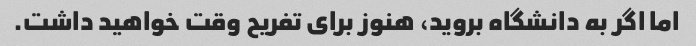
اما اگر به دانشگاه بروید، هنوز برای تفریح ​​وقت خواهید داشت.